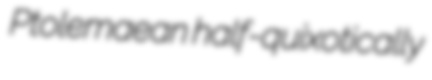
Ptolemaean half-quixotically